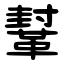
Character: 鞤